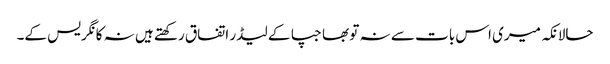
حالانکہ میری اس بات سے نہ تو بھاجپا کے لیڈر اتفاق رکھتے ہیں نہ کانگریس کے۔